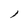
Character: l